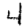
Digit: 4